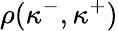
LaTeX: \rho(\kappa^{-},\kappa^{+})